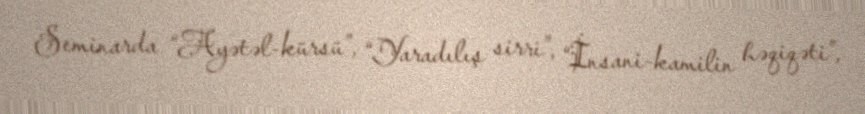
Seminarda “Ayətəl-kürsü”, “Yaradılış sirri”, “İnsani-kamilin həqiqəti”,